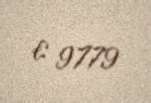
€ 9779